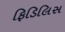
ફિડિલિસ